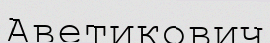
Аветикович